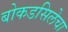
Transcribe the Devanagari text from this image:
बोकडसिलेचा